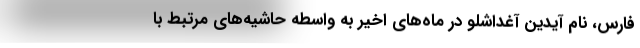
فارس، نام آیدین آغداشلو در ماه‌های اخیر به واسطه حاشیه‌های مرتبط با